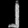
Digit: ၂